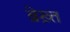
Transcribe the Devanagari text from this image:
ब्रेख़्त